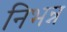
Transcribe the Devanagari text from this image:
निभन्न